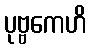
ပုဗ္ဗကေဟိ